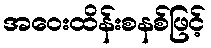
အဝေးထိန်းစနစ်ဖြင့်